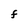
Character: F